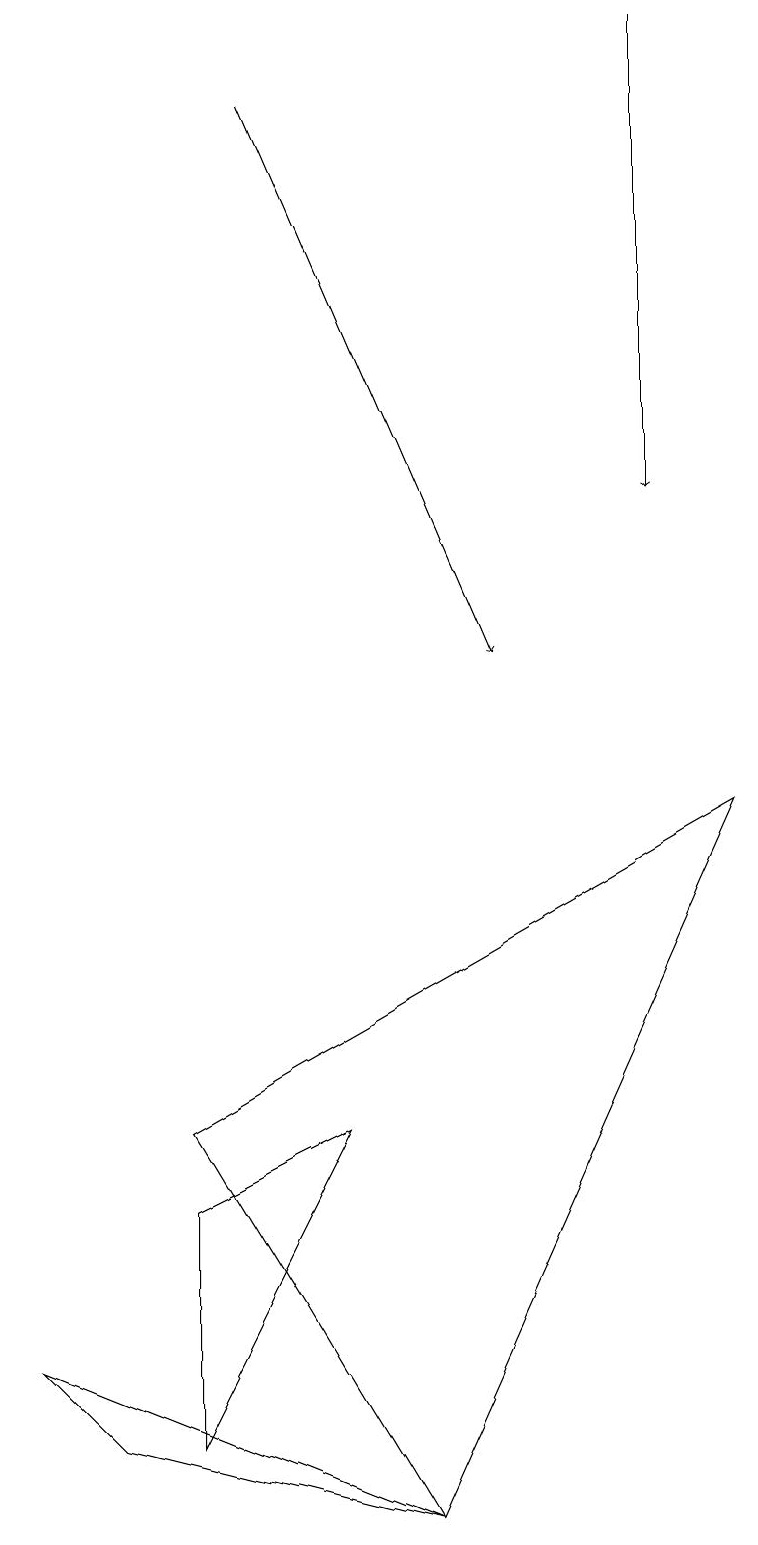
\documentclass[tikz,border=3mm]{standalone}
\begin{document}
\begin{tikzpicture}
\draw[->] (8,19) -- (8,13);
\draw (0,2) -- (5,0) -- (1,1) -- cycle;
\draw[->] (3,18) -- (6,11);
\draw (2,5) -- (9,9) -- (5,0) -- cycle;
\draw (2,4) -- (2,1) -- (4,5) -- cycle;
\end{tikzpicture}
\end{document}